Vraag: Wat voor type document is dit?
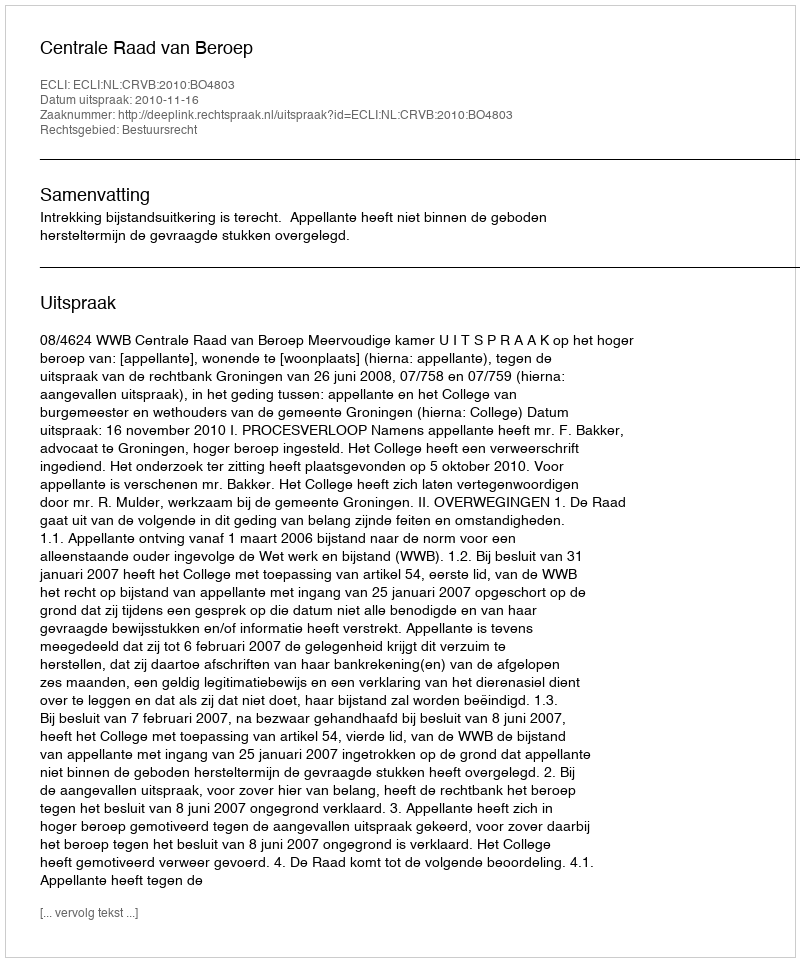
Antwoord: Uitspraak